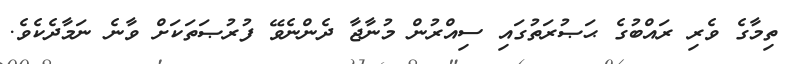
ތިމާގެ ވެރި ރައްބުގެ ޙަޞުރަތުގައި ސިއްރުން މުނާޖާ ދެންނެވޭ ފުރުޞަތަކަށް ވާނެ ނަމާދެކެވެ.